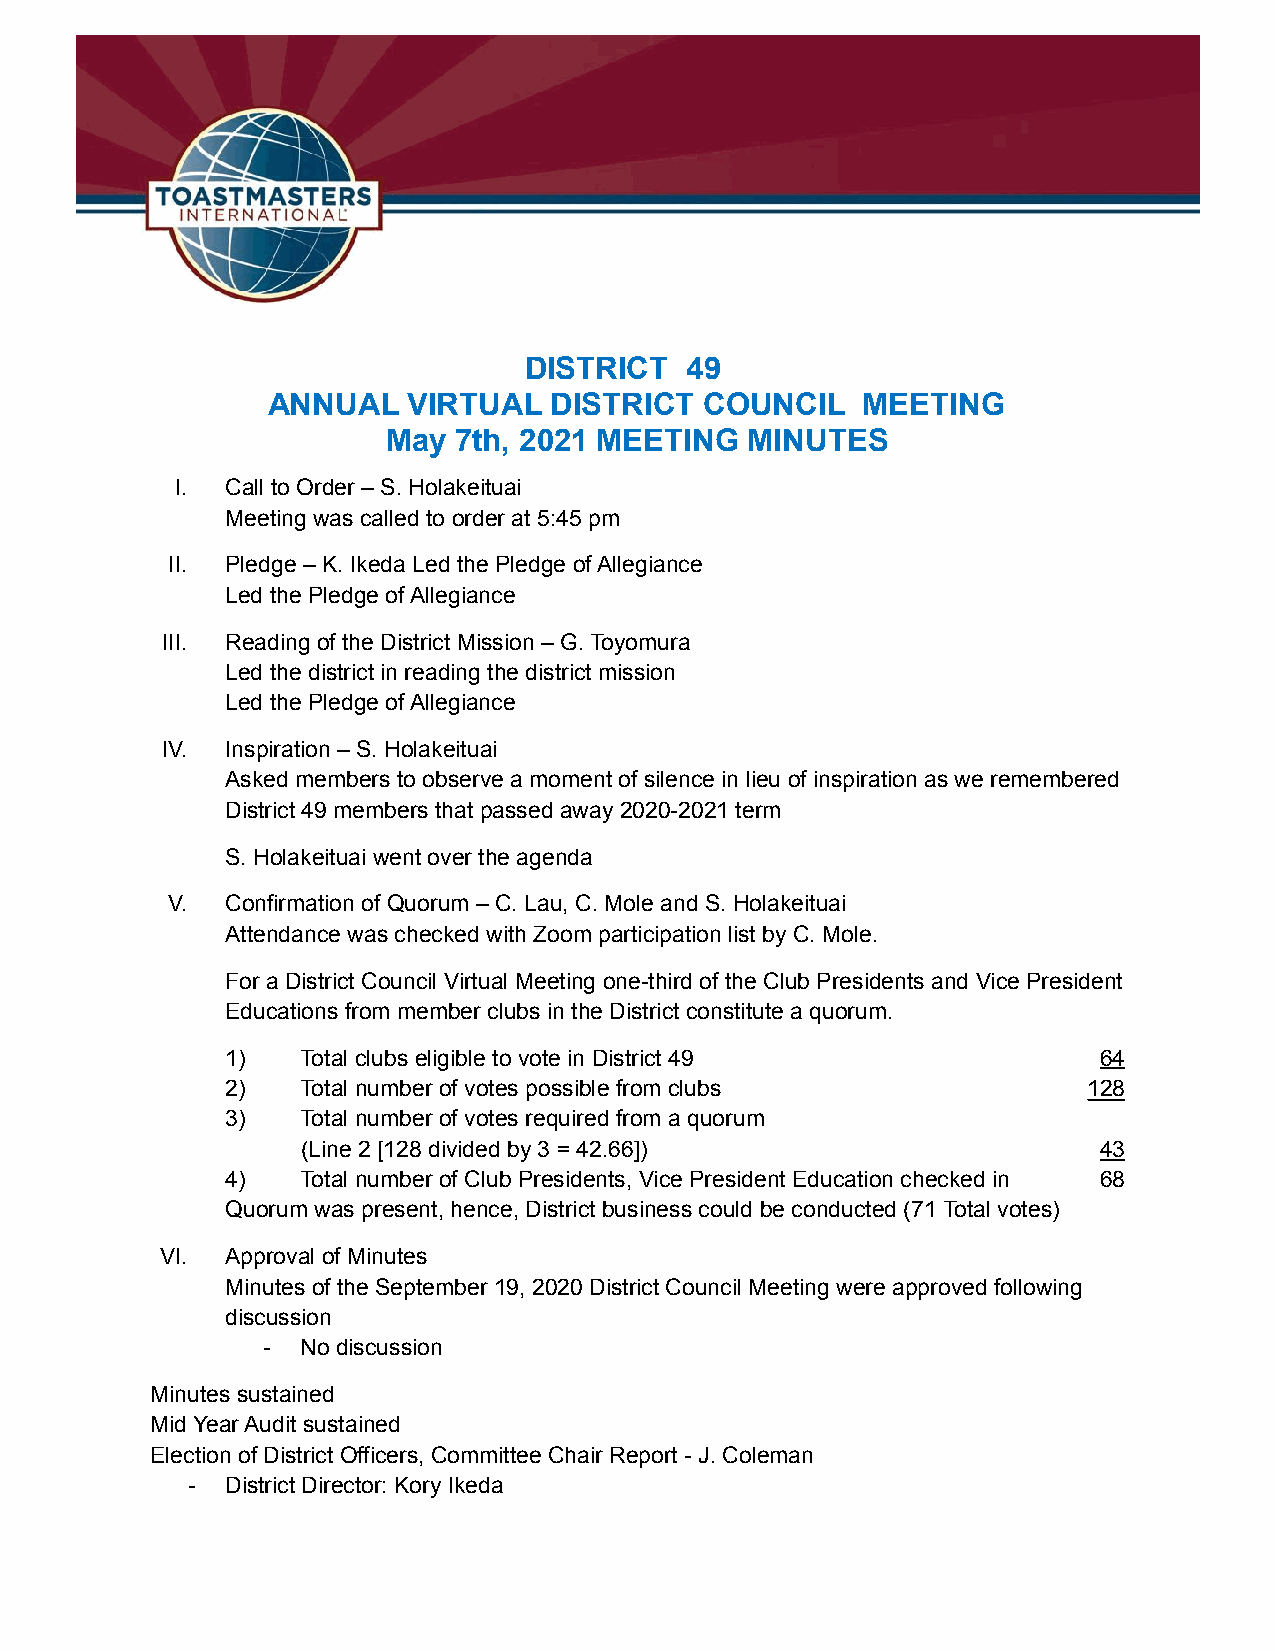
DISTRICT  49
 ANNUAL   VIRTUAL  DISTRICT   COUNCIL   MEETING
 May 7th, 2021 MEETING   MINUTES
 I. Call to Order – S. Holakeituai
 Meeting was called to order at 5:45 pm
 II. Pledge – K. Ikeda Led the Pledge of Allegiance
 Led the Pledge of Allegiance
 III. Reading of the District Mission – G. Toyomura
 Led the district in reading the district mission
 Led the Pledge of Allegiance
 IV. Inspiration – S. Holakeituai
 Asked members to observe a moment of silence in lieu of inspiration as we remembered
 District 49 members that passed away 2020-2021 term
 S. Holakeituai went over the agenda
 V.  Confirmation of Quorum – C. Lau, C. Mole and S. Holakeituai
 Attendance was checked with Zoom participation list by C. Mole.
 For a District Council Virtual Meeting one-third of the Club Presidents and Vice President
 Educations from member clubs in the District constitute a quorum.
 1)   Total clubs eligible to vote in District 49          64
 2)   Total number of votes possible from clubs           128
 3)   Total number of votes required from a quorum
 (Line 2 [128 divided by 3 = 42.66])                  43
 4)   Total number of Club Presidents, Vice President Education checked in 68
 Quorum was present, hence, District business could be conducted (71 Total votes)
 VI. Approval of Minutes
 Minutes of the September 19, 2020 District Council Meeting were approved following
 discussion
 -  No discussion
 Minutes sustained
 Mid Year Audit sustained
 Election of District Officers, Committee Chair Report - J. Coleman
 -  District Director: Kory Ikeda